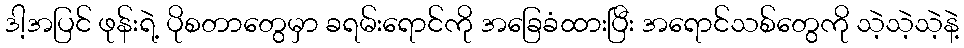
ဒါ့အပြင် ဖုန်းရဲ့ ပိုစတာတွေမှာ ခရမ်းရောင်ကို အခြေခံထားပြီး အရောင်သစ်တွေကို သဲ့သဲ့သဲ့နဲ့